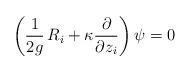
LaTeX: \begin{align*}\left( \frac{1}{2 g} \, R_i + \kappa \frac{\partial}{ \partial z_i} \right) \psi = 0 \end{align*}